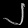
Digit: ၂